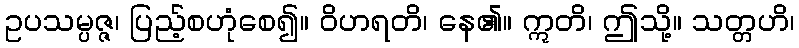
ဥပသမ္ပဇ္ဇ၊ ပြည့်စဟုံစေ၍။ ဝိဟရတိ၊ နေ၏။ ဣတိ၊ ဤသို့။ သတ္တဟိ၊